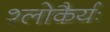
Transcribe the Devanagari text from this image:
श्लोकैर्यः